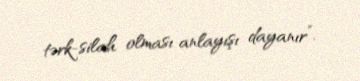
tərk-silah olması anlayışı dayanır”.